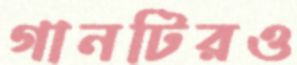
গানটিরও